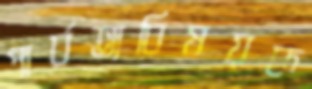
পার্বত্যবিষয়ক